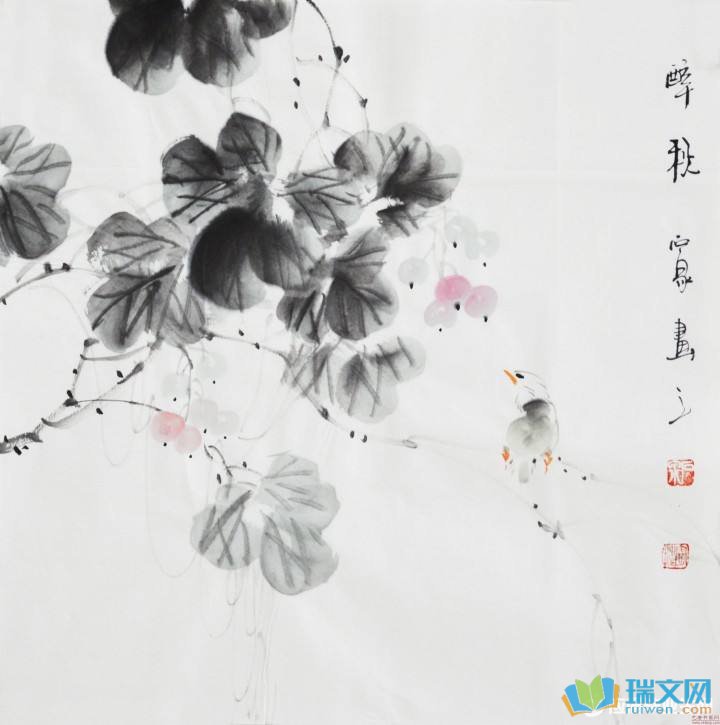
又是重阳近也，几处处，砧杵声催。